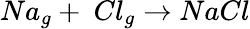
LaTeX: Na_{g}+\ Cl_{g}\rightarrow NaCl